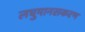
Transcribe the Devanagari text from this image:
लघुमानसकरण